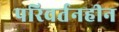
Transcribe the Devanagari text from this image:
परिवर्तनहीन